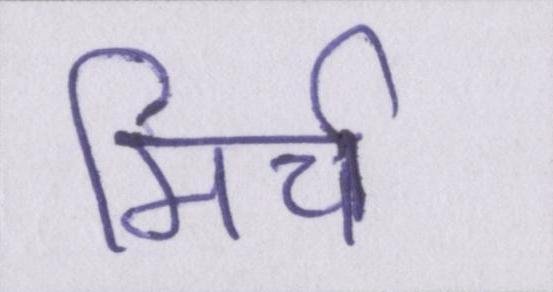
मिर्च